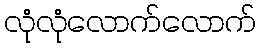
လုံလုံလောက်လောက်